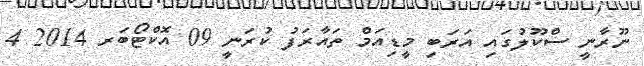
ނޫރާނީ ސްކޫލުގައި އަރަބި މީޑިއަމް ތައާރަފު ކުރަނީ 09 އޮކްޓޯބަރ 2014 4